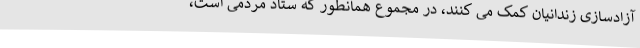
آزادسازی زندانیان کمک می کنند، در مجموع همانطور که ستاد مردمی است،